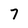
Character: 7